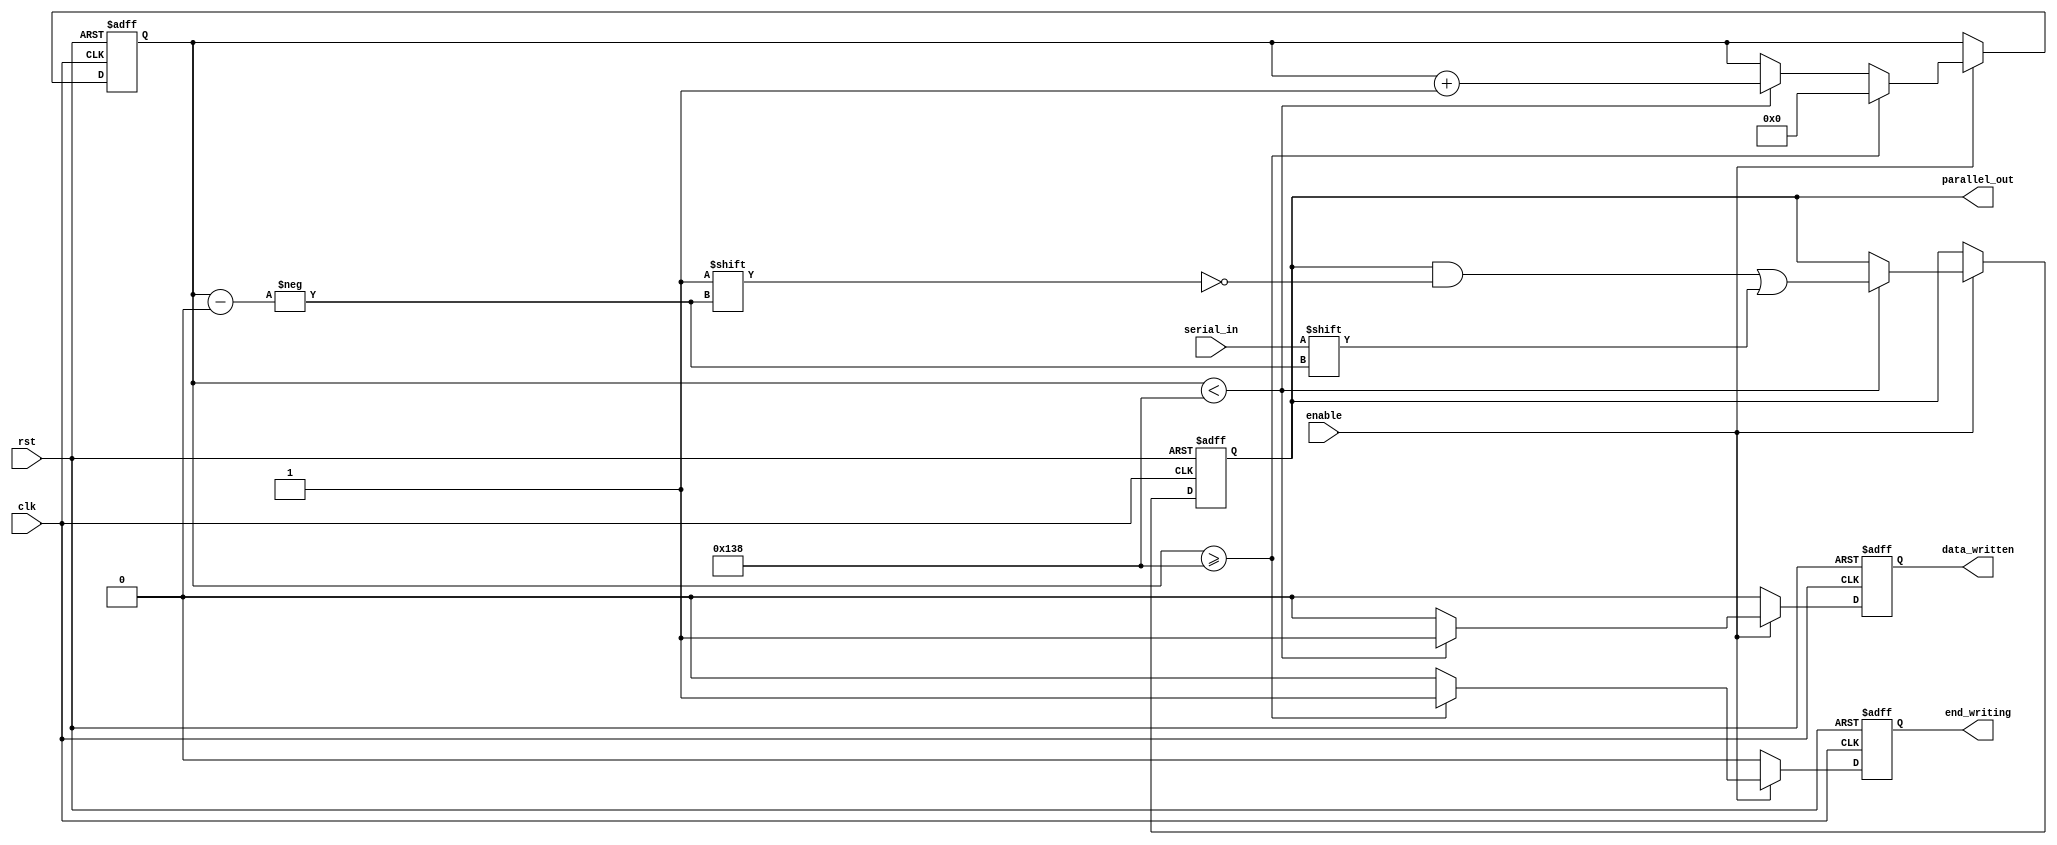
// This program was cloned from: https://github.com/PaolaUniSa/tt6_rsnn_test0
// License: Apache License 2.0

module FIPO_Memory (
    input wire clk,                      // Clock input
    input wire rst,                      // Reset input
    input wire enable,                   // Enable signal for controlling the module operation
    input wire serial_in,                // Serial input data
    output wire [311:0] parallel_out,    // Parallel output of all data, always reflects data_memory
    output reg end_writing = 1'b0,  // Output signal that indicates when writing of 312 bits is complete
    output reg data_written = 1'b0  // Output signal that indicates when a single bit is written
);

// Internal memory to store the serially input data
reg [311:0] data_memory = 0;
// Counter to keep track of the number of bits received
reg [8:0] bit_counter = 0;  // Needs to count up to 312, thus 9 bits are required

always @(posedge clk or posedge rst) begin
    data_written <= 0;
    end_writing <= 0;
    if (rst) begin
        // Reset all registers when rst is high
        data_memory <= 312'b0;
        bit_counter <= 0;
    end else if (enable) begin
        if (bit_counter < 312) begin
            data_memory[bit_counter] <= serial_in;
            bit_counter <= bit_counter + 1;
            data_written <= 1;  // Set data_written when a bit is written
        end

        // Set end_writing when all bits are loaded
        if (bit_counter >= 312) begin
            end_writing <= 1;
            bit_counter <= 0;  // Reset the counter to allow new data loading
        end
    end
end

// Assign data_memory to parallel_out outside the always block
assign parallel_out = data_memory;

endmodule